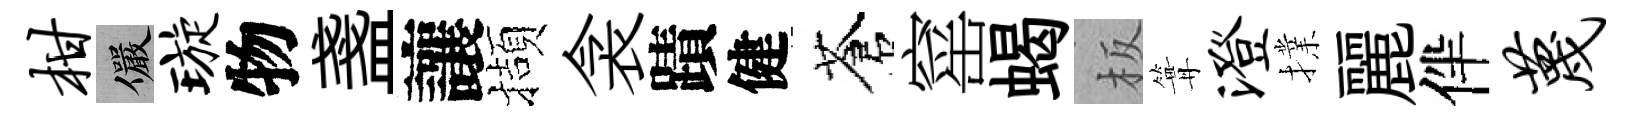
柑儼璇物盞讓擷衾蹟健蒼窰蝎板篝澄擈麗伴蔑